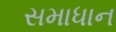
સમાધાન